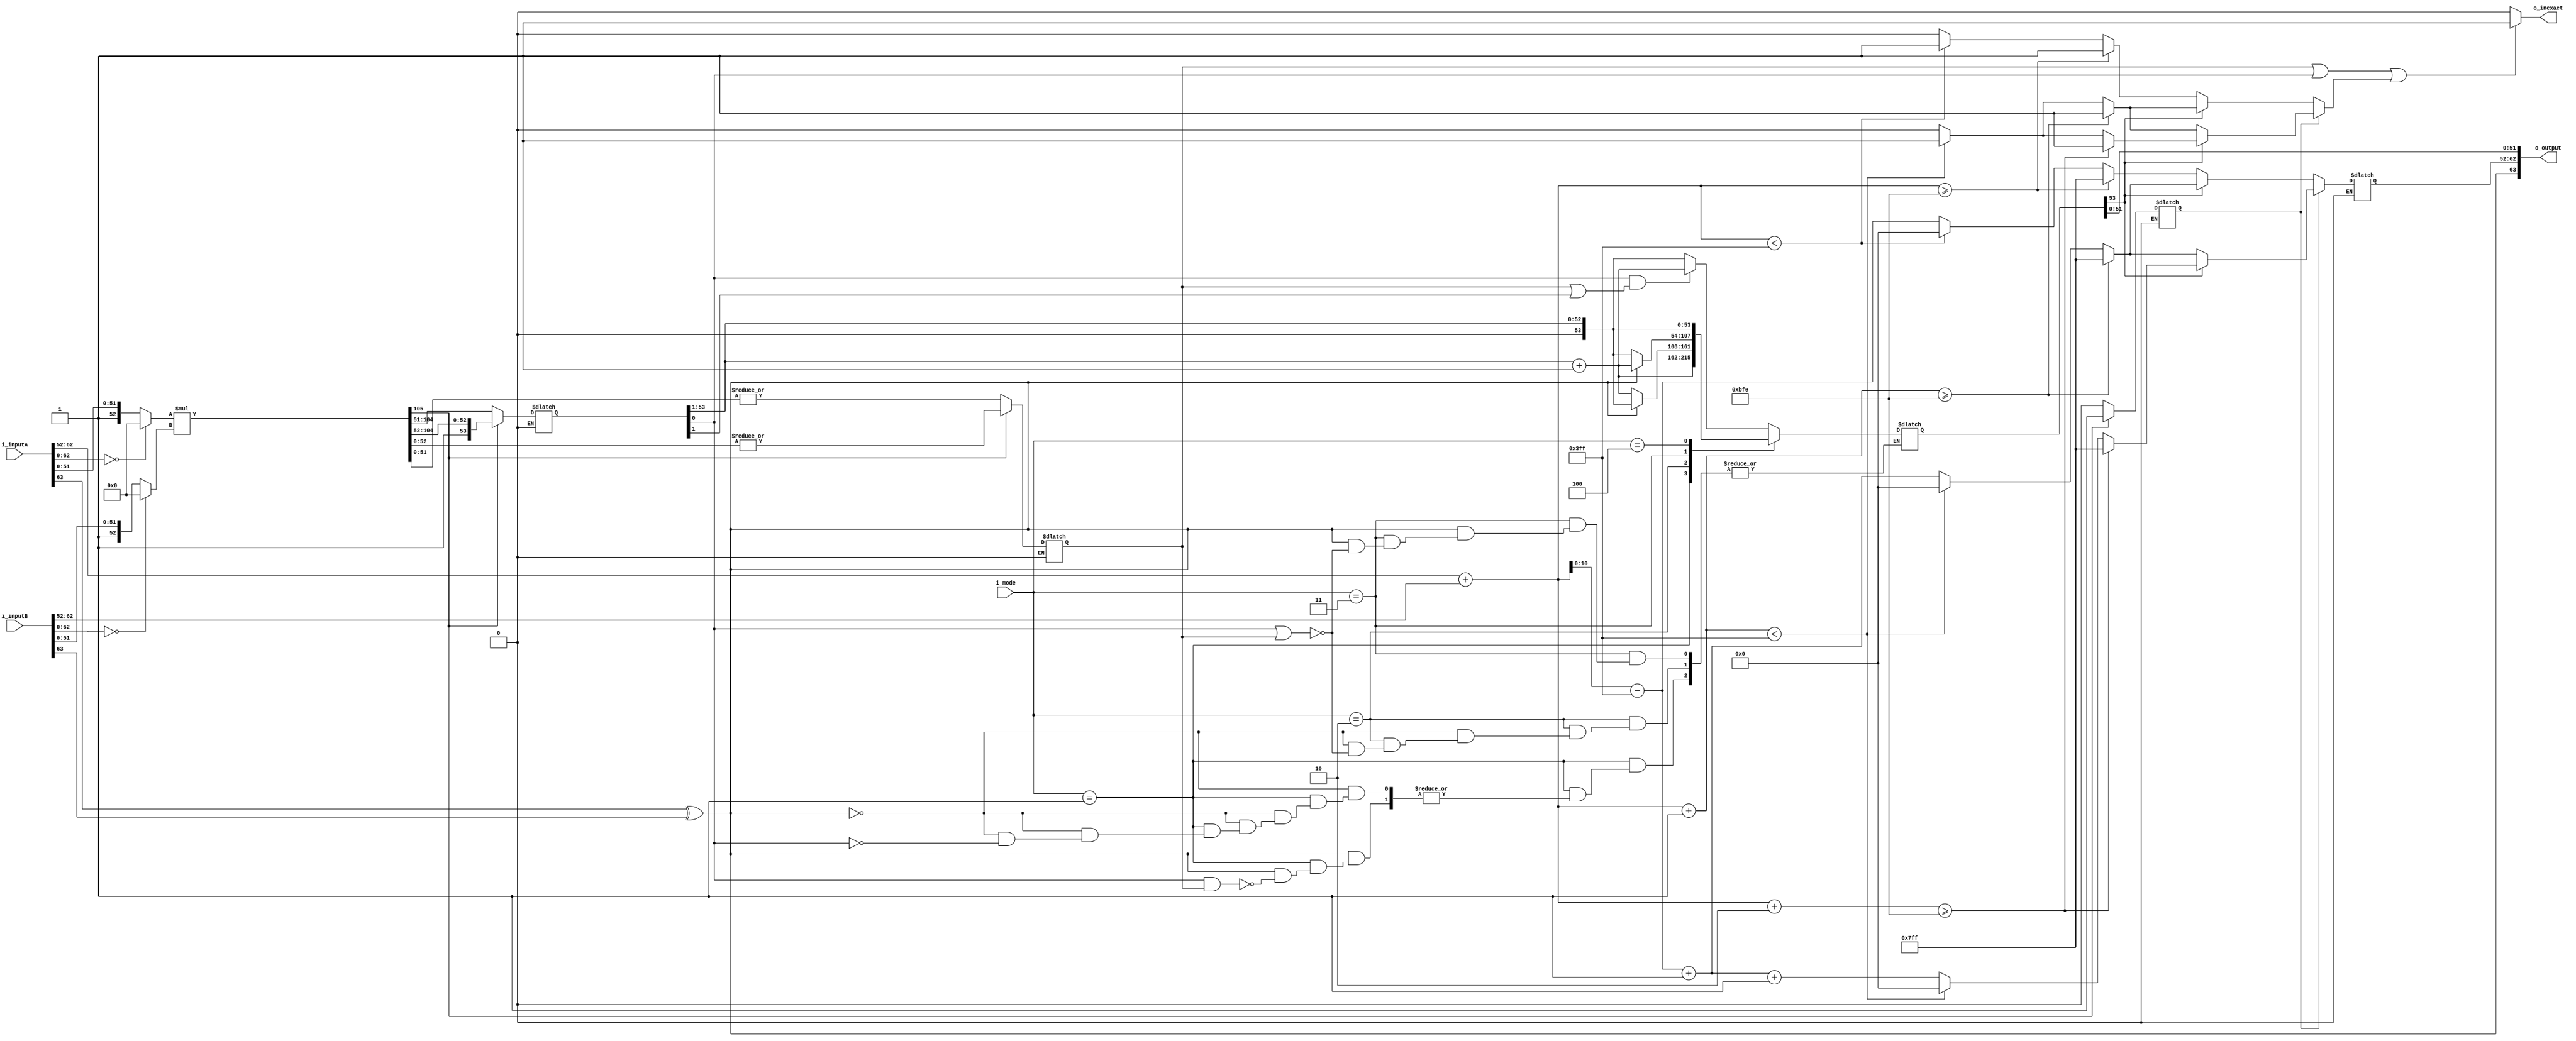

`timescale 1ns/100ps

module fpu_mul #(
	parameter BIT_WIDTH					= 64,			// 32, 64, 128
	// Don't touch 
	parameter EXP_WIDTH					= ( BIT_WIDTH == 32 ) ?  8 : ( BIT_WIDTH == 64 ) ? 11 :  15 ,  
	parameter SGN_WIDTH					= ( BIT_WIDTH == 32 ) ? 24 : ( BIT_WIDTH == 64 ) ? 53 : 113 ,
	parameter SIGN_POS					= BIT_WIDTH - 1 , 
	parameter EXP_SPOS					= BIT_WIDTH - 2 , 
	parameter EXP_EPOS					= SGN_WIDTH - 1 , 
	parameter BIAS						= (2 ** (EXP_WIDTH-1)) - 1   
)(    
	input		[2:0]					i_mode,
	input		[BIT_WIDTH-1:0]			i_inputA,
	input		[BIT_WIDTH-1:0]			i_inputB,
	output 		[BIT_WIDTH-1:0]			o_output,
	output 								o_inexact
);
	
	wire								signA ;
	wire		[EXP_WIDTH-1:0]			expA  ;
	wire		[SGN_WIDTH-1:0]			mantissaA ;
	wire								signB ;
	wire		[EXP_WIDTH-1:0]			expB  ;
	wire		[SGN_WIDTH-1:0]			mantissaB ;
	reg			[2+EXP_WIDTH-1:0]		expT0 ;
	reg			[EXP_WIDTH-1:0]			expT1 ;
	wire								signO ;
	wire		[EXP_WIDTH-1:0]			expO  ;
	wire		[SGN_WIDTH-2:0]			mantissaO ;
	reg			[EXP_WIDTH:0]			temp_exp0 ;
	reg			[EXP_WIDTH -1:0]		temp_exp1 ;
	wire		[2*SGN_WIDTH-1:0]		temp_mantissa0 ; // after multiplication
	reg			[SGN_WIDTH :0]	    	temp_mantissa1 ; // before rounding
	reg 		[SGN_WIDTH :0]		    round_sum; // using SGN_WIDTH+1  to find the overflow and hidden bit => overflow + hidden + 23
	reg									stickyBit ;
	wire 								inexact_flag;	
	reg 								normalization;		// using a flag to show which one is overflowed in normalization to add into exponent	
	
//////////////////////////////////////////////////////////////////////////////////////////////////////////////////////////////
/////////////////////////////////Separating exponents , signs and mantissa of each input//////////////////////////////////////
//////////////////////////////////////////////////////////////////////////////////////////////////////////////////////////////


	assign signA 		= i_inputA[BIT_WIDTH-1] ;
	assign expA  		= i_inputA[EXP_SPOS:EXP_EPOS] ;
	assign mantissaA 	= ( i_inputA[BIT_WIDTH-2:0] == 0 ) ? {(SGN_WIDTH){1'b0}} : {1'b1,i_inputA[SGN_WIDTH-2:0]} ;
	assign signB 		= i_inputB[BIT_WIDTH-1] ;     	
	assign expB  		= i_inputB[EXP_SPOS:EXP_EPOS] ;  	
	assign mantissaB 	= ( i_inputB[BIT_WIDTH-2:0] == 0 ) ? {(SGN_WIDTH){1'b0}} : {1'b1,i_inputB[SGN_WIDTH-2:0]} ;   
	

//////////////////////////////////////////////////////////////////////////////////////////////////////////////////////////////
/////////////////////////////////    			Assign Sign output and mantissa			//////////////////////////////////////
//////////////////////////////////////////////////////////////////////////////////////////////////////////////////////////////


	// assigning the sign of multiplication
	assign signO = signA ^ signB;


	// Multipying 
	assign temp_mantissa0 = (mantissaA * mantissaB);


//////////////////////////////////////////////////////////////////////////////////////////////////////////////////////////////
////////////////////////////////////////////    			Normalization    	//////////////////////////////////////////////
//////////////////////////////////////////////////////////////////////////////////////////////////////////////////////////////
	

always@(*)begin
		if (temp_mantissa0[2*SGN_WIDTH - 1] == 1'b1) begin // normalizarion of 3.f
			normalization  = 1'b1;
			temp_mantissa1 =   temp_mantissa0  [2*SGN_WIDTH - 1: SGN_WIDTH - 2] >> 1;
			stickyBit      = | temp_mantissa0  [ SGN_WIDTH - 1 : 0];
		end
		else if (temp_mantissa0[2*SGN_WIDTH - 1] == 1'b0) begin // normalizarion of 1.f
			normalization  = 1'b0;
			temp_mantissa1 =   temp_mantissa0 [2*SGN_WIDTH - 1: SGN_WIDTH - 2];
			stickyBit	   = | temp_mantissa0 [ SGN_WIDTH - 2 : 0];
		end
	end




//////////////////////////////////////////////////////////////////////////////////////////////////////////////////////////////
////////////////////////////////////////////    			Rounding			//////////////////////////////////////////////
//////////////////////////////////////////////////////////////////////////////////////////////////////////////////////////////
	

	
	// [2*SGN_WIDTH-1: SGN_WIDTH - 2] 25 bit
	//assign temp_mantissa1 = temp_mantissa0 [2*SGN_WIDTH - 1: SGN_WIDTH - 2];  // before rounding 
	// finding sticky bit
	//assign stickyBit = | temp_mantissa0[ SGN_WIDTH - 2 : 0];


	// Rounding
	always@(*)begin
		case(i_mode)
			
			3'b001 : begin // 1 : RoundTiesToAway
				if(signO == 1)begin
					if(temp_mantissa1[0] && stickyBit)begin
						round_sum = temp_mantissa1[SGN_WIDTH  : 1] + 1;
					end
				end
				else if(signO == 0)begin
					if(temp_mantissa1[0])begin
						round_sum = temp_mantissa1[SGN_WIDTH  : 1] + 1;
					end
				end
				else begin
						round_sum = temp_mantissa1[SGN_WIDTH  : 1];
				end
			end
			3'b010 : begin // 2 : RoundTowardPositive
				if(signO == 0)begin
					if(temp_mantissa1[0] || stickyBit)begin
					round_sum = temp_mantissa1[SGN_WIDTH  : 1] + 1;
					end
				end
				else if(signO == 1)begin
					round_sum = temp_mantissa1[SGN_WIDTH  : 1];
				end
			end
			3'b011 : begin // 3 : RoundTowardNegative
				if(signO == 1)begin
					if(temp_mantissa1[0] || stickyBit)begin
					round_sum = temp_mantissa1[SGN_WIDTH  : 1] + 1;
					end
				end
				else if(signO == 0)begin
					round_sum = temp_mantissa1[SGN_WIDTH  : 1];
				end
			end
			3'b100 : begin // 4 : RoundTowardZero
					round_sum = temp_mantissa1[SGN_WIDTH : 1];	
				end
			default : begin // 0 : RoundTiesToEven => default value
				if(temp_mantissa1[0] == 1'b1 && (stickyBit == 1'b1 || temp_mantissa1[1] == 1'b1)) begin
					round_sum = temp_mantissa1[SGN_WIDTH  : 1] + 1;
				end
				else begin
					round_sum = temp_mantissa1[SGN_WIDTH  : 1];
				end
			end
		endcase 
	end

	assign inexact_flag = (stickyBit | temp_mantissa1[0] );

	assign mantissaO = round_sum[SGN_WIDTH -2 : 0]; // removing hiden bit and overflow bit => 23 bit 


//////////////////////////////////////////////////////////////////////////////////////////////////////////////////////////////
///////////////////////////////// 						Clipping					//////////////////////////////////////////
//////////////////////////////////////////////////////////////////////////////////////////////////////////////////////////////

	reg flag;
	// before & after clipping  ( compounder adder)
	always@(*)begin
		flag = 1'b0;
		if (normalization == 1'b1)begin
				if(round_sum[SGN_WIDTH ] == 1)begin 								 // check to see if rounding was overflowed
					temp_exp1 = (expA + expB - BIAS + 1 + 1);
					temp_exp0 = (expA + expB - BIAS + 1 + 1);	 // it has extra bit
					if((expA + expB  + 2'b10) >= ({(EXP_WIDTH){1'b1}} + BIAS))begin 	     // if the result overflows we cant have exponent 255
						flag = 1'b1;
						temp_exp1 = {(EXP_WIDTH){1'b1}};
					end
					else if((expA + expB  + 1) < BIAS)begin 	    				 // if the result underflows
						flag = 1'b1;
						temp_exp1 = {(EXP_WIDTH){1'b0}};
				end
				
				end
				else if(round_sum[SGN_WIDTH ] == 0) begin
					temp_exp1 = (expA + expB - BIAS + 1);
					temp_exp0 = (expA + expB - BIAS + 1); // it has extra bit
					if((expA + expB + 1 ) >= ({(EXP_WIDTH){1'b1}} + BIAS))begin 		     // if the result overflows
						flag = 1'b1;
						temp_exp1 = {(EXP_WIDTH){1'b1}};
					end

					else if((expA + expB + 1 ) < BIAS)begin 	    					 // if the result underflows
						flag = 1'b1;
						temp_exp1 = {(EXP_WIDTH){1'b0}};
				end
			end
		end
		else if(round_sum[SGN_WIDTH ] == 1)begin 								 // check to see if rounding was overflowed
				temp_exp1 = (expA + expB - BIAS + 1);
				temp_exp0 = (expA + expB - BIAS + 1);	 // it has extra bit
				if((expA + expB  + 1) >= ({(EXP_WIDTH){1'b1}} + BIAS))begin 	     // if the result overflows we cant have exponent 255
					flag = 1'b1;
					temp_exp1 = {(EXP_WIDTH){1'b1}};
				end
				else if((expA + expB  + 1) < BIAS)begin 	    				 // if the result underflows
					flag = 1'b1;
					temp_exp1 = {(EXP_WIDTH){1'b0}};
			end
			
		end
		else if(round_sum[SGN_WIDTH ] == 0) begin
				temp_exp1 = (expA + expB - BIAS);
				temp_exp0 = (expA + expB - BIAS); // it has extra bit
				if((expA + expB ) >= ({(EXP_WIDTH){1'b1}} + BIAS))begin 		     // if the result overflows
					flag = 1'b1;
					temp_exp1 = {(EXP_WIDTH){1'b1}};
				end

				else if((expA + expB ) < BIAS)begin 	    					 // if the result underflows
					flag = 1'b1;
					temp_exp1 = {(EXP_WIDTH){1'b0}};
			end
		end


	end


//////////////////////////////////////////////////////////////////////////////////////////////////////////////////////////////
///////////////////////////////// 						Assigning the Out puts        		 /////////////////////////////////
//////////////////////////////////////////////////////////////////////////////////////////////////////////////////////////////

	assign expO = temp_exp1; // assigning the exponent
 
	assign o_inexact = (inexact_flag | flag) ? 1 : 0; // assigning inexact out put *** this is including  inexact and overflow and underflow 

	assign o_output = {signO,expO,mantissaO}; // assigning each part

endmodule